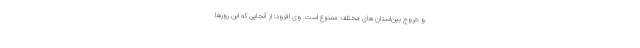
و خروج بین‌استان های مختلف ممنوع است. وی افزود: از آنجایی که این روزها